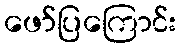
ဖော်ပြကြောင်း